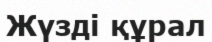
Жүзді құрал